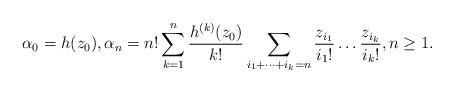
LaTeX: \begin{align*}\alpha_0=h(z_0),\alpha_n=n!\sum_{k=1}^n\frac{h^{(k)}(z_0)}{k!}\sum_{i_1+\dots+i_k=n}\frac{z_{i_1}}{i_1!}\dots\frac{z_{i_k}}{i_k!},n\geq 1.\end{align*}